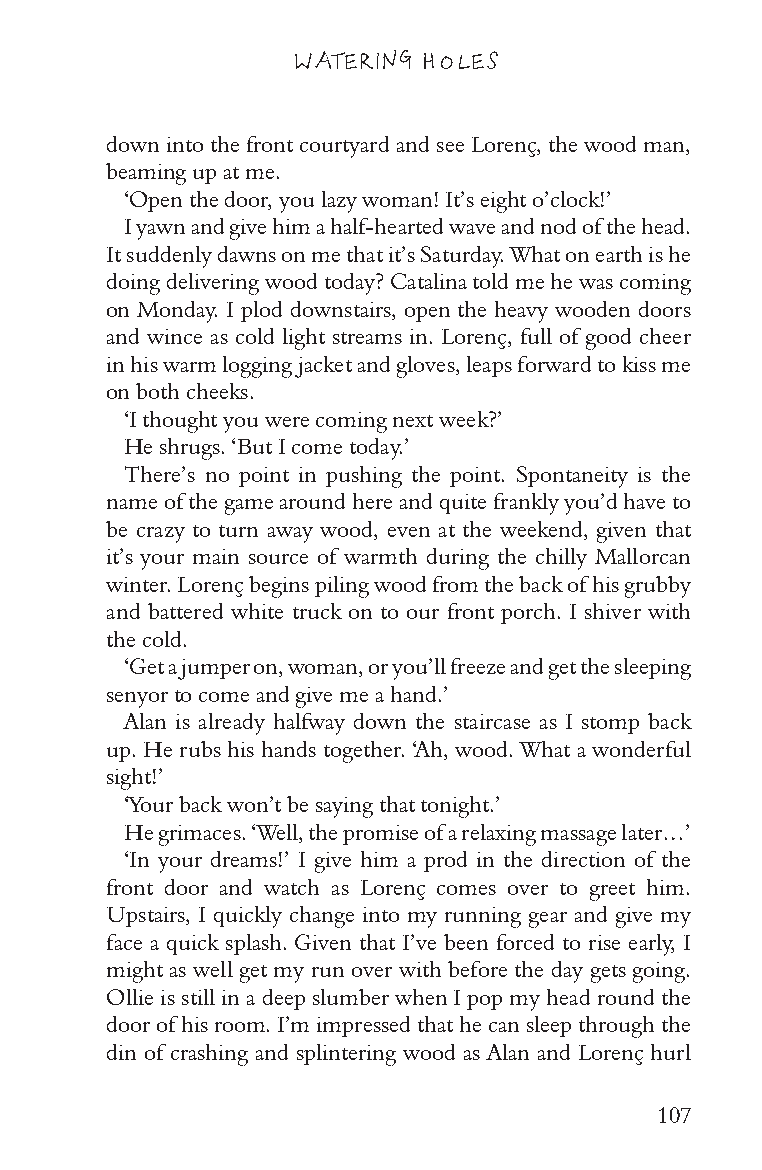
WATERING HOLES
 down into the front courtyard and see Lorenç, the wood man,
 beaming up at me.
 ‘Open the door, you lazy woman! It’s eight o’clock!’
 I yawn and give him a half-hearted wave and nod of the head.
 It suddenly dawns on me that it’s Saturday. What on earth is he
 doing delivering wood today? Catalina told me he was coming
 on Monday. I plod downstairs, open the heavy wooden doors
 and wince as cold light streams in. Lorenç, full of good cheer
 in his warm logging jacket and gloves, leaps forward to kiss me
 on both cheeks.
 ‘I thought you were coming next week?’
 He shrugs. ‘But I come today.’
 There’s no point in pushing the point. Spontaneity is the
 name of the game around here and quite frankly you’d have to
 be crazy to turn away wood, even at the weekend, given that
 it’s your main source of warmth during the chilly Mallorcan
 winter. Lorenç begins piling wood from the back of his grubby
 and battered white truck on to our front porch. I shiver with
 the cold.
 ‘Get a jumper on, woman, or you’ll freeze and get the sleeping
 senyor to come and give me a hand.’
 Alan is already halfway down the staircase as I stomp back
 up. He rubs his hands together. ‘Ah, wood. What a wonderful
 sight!’
 ‘Your back won’t be saying that tonight.’
 He grimaces. ‘Well, the promise of a relaxing massage later…’
 ‘In your dreams!’ I give him a prod in the direction of the
 front door and watch as Lorenç comes over to greet him.
 Upstairs, I quickly change into my running gear and give my
 face a quick splash. Given that I’ve been forced to rise early, I
 might as well get my run over with before the day gets going.
 Ollie is still in a deep slumber when I pop my head round the
 door of his room. I’m impressed that he can sleep through the
 din of crashing and splintering wood as Alan and Lorenç hurl
 107